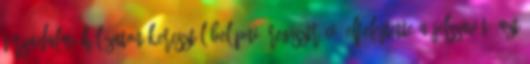
társadalmi hálózaton keresztül belépni: Regisztráció Elfelejtette a jelszavát? Azt